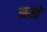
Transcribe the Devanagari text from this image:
नस्ते